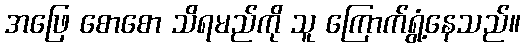
အဖြေ စောစော သိရမည်ကို သူ ကြောက်ရွံ့နေသည်။